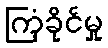
ကြံ့ခိုင်မှု